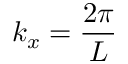
k _ { x } = \frac { 2 \pi } { L }